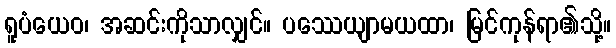
ရူပံယေဝ၊ အဆင်းကိုသာလျှင်။ ပဿေယျာမယထာ၊ မြင်ကုန်ရာ၏သို့။